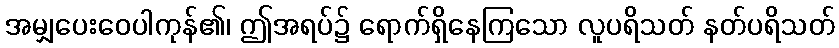
အမျှပေးဝေပါကုန်၏၊ ဤအရပ်၌ ရောက်ရှိနေကြသော လူပရိသတ် နတ်ပရိသတ်